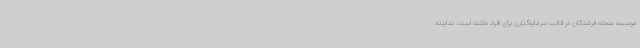
موسسه منحله فرشتگان در قالب سرمایه‌گذاری برای افراد داشته است. نماینده